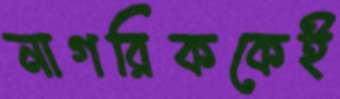
নাগরিককেই